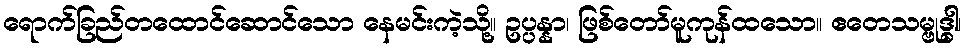
ရောက်ခြည်တထောင်ဆောင်သော နေမင်းကဲ့သို့။ ဥပ္ပန္နာ၊ ဖြစ်တော်မူကုန်ထသော။ ဧတေသမ္ဗုဒ္ဓါ၊